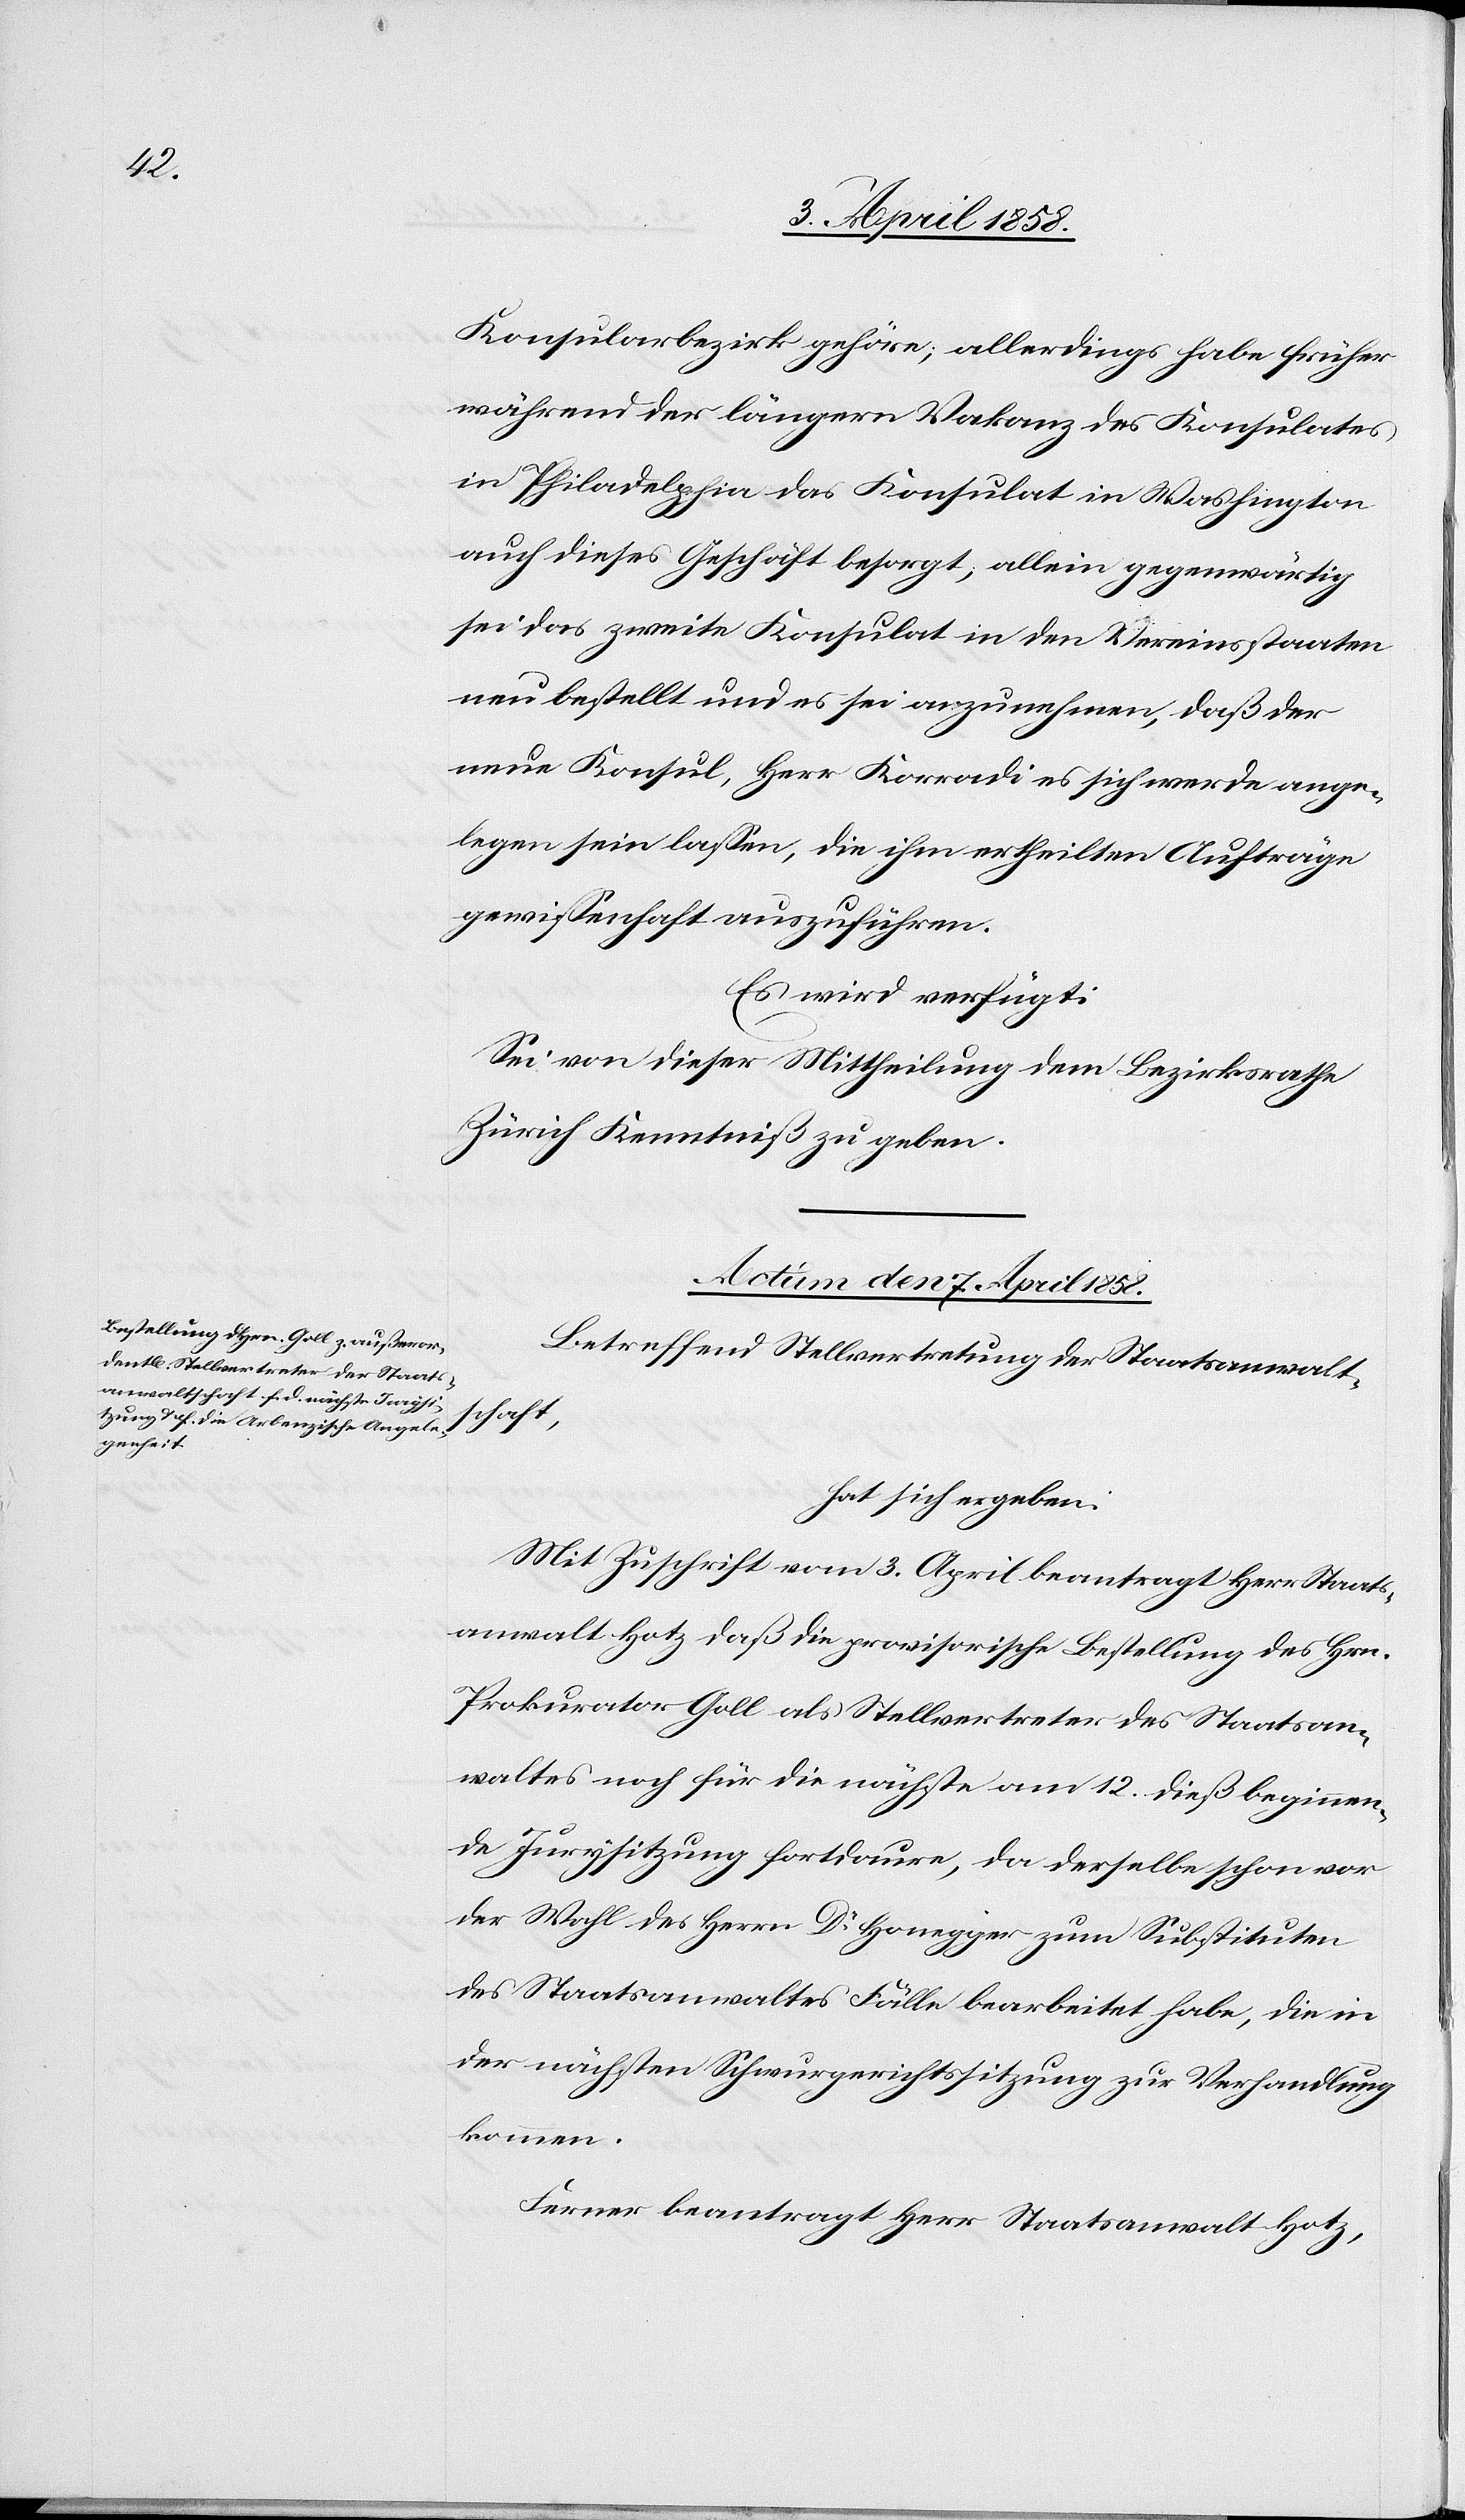
Konsularbezirk gehöre; allerdings habe früher
während der längern Vakanz des Konsulates
in Philadelphia das Konsulat in Washington
auch dieses Geschäft besorgt, allein gegenwärtig
sei das zweite Konsulat in den Vereinsstaaten
neu bestellt und es sei anzunehmen, daß der
neue Konsul, Herr Korradi es sich werde ange¬
legen sein lassen, die ihm ertheilten Aufträge
gewissenhaft auszuführen.
Es wird verfügt.
Sei von dieser Mittheilung dem Bezirksrathe
Zürich Kenntniß zu geben.
Actum den 7. April 1858.
Betreffend Stellvertretung der Staatsanwalt¬
schaft,
hat sich ergeben:
Mit Zuschrift vom 3. April beantragt Herr Staats¬
anwalt Hotz[,] daß die provisorische Bestellung des Hrn.
Prokurator Goll als Stellvertreter des Staatsan¬
waltes noch für die nächste am 12. dieß beginnen¬
de Jurysitzung fortdauere, da derselbe schon vor
der Wahl des Herrn Dr Honegger zum Substituten
des Staatsanwaltes Fälle bearbeitet habe, die in
der nächsten Schwurgerichtssitzung zur Verhandlung
kommen.
Ferner beantragt Herr Staatsanwalt Hotz,